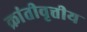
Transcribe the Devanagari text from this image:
क्रांतीवृत्तीय